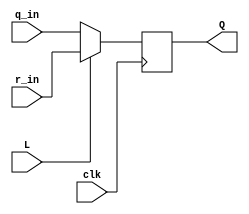
module top_module (
	input clk,
	input L,
	input r_in,
	input q_in,
	output reg Q);

    wire mux_to_dff;

    always @(posedge clk) begin
        mux_to_dff = (L)? r_in : q_in;         
        Q = mux_to_dff;
    end 
endmodule